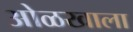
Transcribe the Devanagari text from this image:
ओळखाला